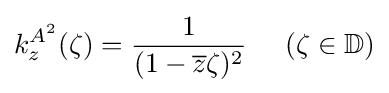
k_{z}^{A^{2}}(\zeta )={\frac {1}{(1-{\overline {z}}\zeta )^{2}}}\;\;\;\;\;(\zeta \in \mathbb {D} )